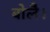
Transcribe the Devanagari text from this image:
बोलै।